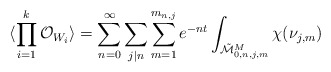
\begin{align*}\langle \prod_{i=1}^{k} {\cal O}_{W_i} \rangle = \sum_{n=0}^{\infty}\sum_{j|n}\sum_{m=1}^{m_{n,j}}e^{-nt}\int_{\tilde{\cal M}_{0,n,j,m}^{M}}\chi(\nu_{j,m})\end{align*}